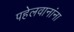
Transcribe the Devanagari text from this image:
पहेलवानांना